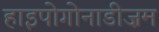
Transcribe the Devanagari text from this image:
हाइपोगोनाडीज़म